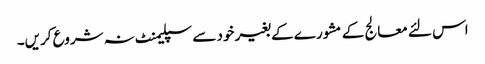
اس لئے معالج کے مشورے کے بغیر خود سے سپلیمنٹ نہ شروع کریں۔